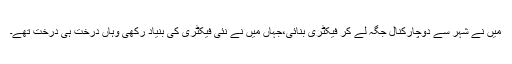
میں نے شہر سے دوچارکنال جگہ لے کر فیکٹری بنائی،جہاں میں نے نئی فیکٹری کی بنیاد رکھی وہاں درخت ہی درخت تھے۔